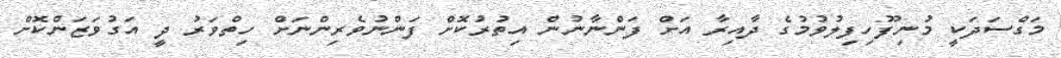
މަގްސަދަކީ މުނިފޫހިފިލުވުމުގެ ދާއިރާ އަށް ފަންނާނުން އިތުރުކޮށް ފަންނުވެރިންނަށް ހިތްވަރު ދީ އަގުވަޒަންކޮށް